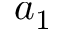
a _ { 1 }